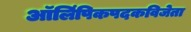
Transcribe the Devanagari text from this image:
ऑलिंपिकपदकविजेता